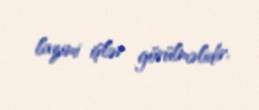
lazimi işlər görülməlidir.